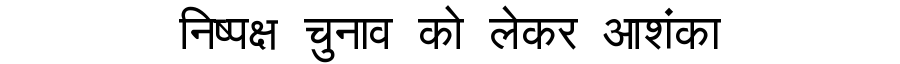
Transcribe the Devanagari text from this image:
निष्पक्ष चुनाव को लेकर आशंका